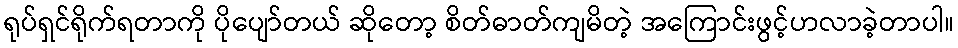
ရုပ်ရှင်ရိုက်ရတာကို ပိုပျော်တယ် ဆိုတော့ စိတ်ဓာတ်ကျမိတဲ့ အကြောင်းဖွင့်ဟလာခဲ့တာပါ။